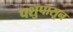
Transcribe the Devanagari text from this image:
पशुपासून